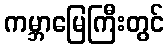
ကမ္ဘာမြေကြီးတွင်